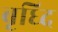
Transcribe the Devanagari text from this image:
बृध्दि